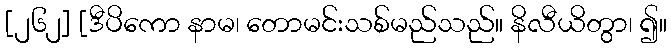
[၂၆၂] [ဒီပိကော နာမ၊ တောမင်းသစ်မည်သည်။ နိလီယိတွာ၊ ၍။